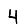
Digit: 4